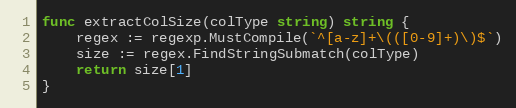
Language: Go
func extractColSize(colType string) string {
	regex := regexp.MustCompile(`^[a-z]+\(([0-9]+)\)$`)
	size := regex.FindStringSubmatch(colType)
	return size[1]
}